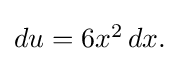
{\textstyle du=6x^{2}\,dx.}